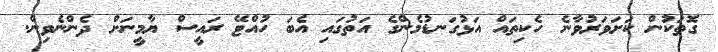
ގޮތަކުން ކަށަވަރުވާނެ ހެކިތައް އަޅުގަނޑުމެންގެ އަތުގައި އެބަ ހުއްޓޭ ރައީސް ޔާމީނަށް ދެންނެވިން.